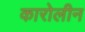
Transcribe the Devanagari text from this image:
कारोलीन